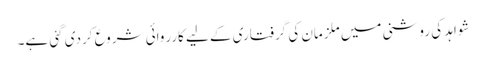
شواہد کی روشنی میں ملزمان کی گرفتاری کے لیے کارروائی شروع کردی گئی ہے۔